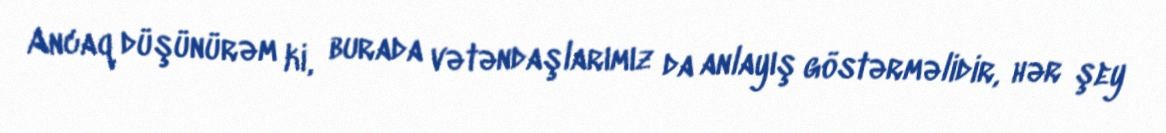
Ancaq düşünürəm ki, burada vətəndaşlarımız da anlayış göstərməlidir, hər şey